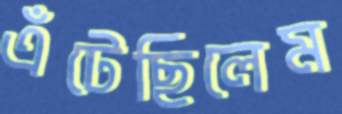
এঁটেছিলেম